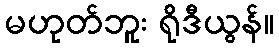
မဟုတ်ဘူး ရိုဒီယွန်။